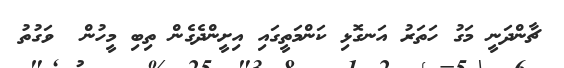
ޗާންދަނީ މަގު ހަތަރު އަނގޮޅި ކަންމަތީގައި އިށީންދެގެން ތިބި މީހުން  ވަގުތު